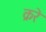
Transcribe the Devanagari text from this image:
क्ररे